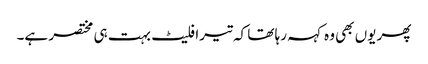
پھر یوں بھی وہ کہہ رہا تھا کہ تیرا فلیٹ بہت ہی مختصر ہے۔